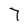
Character: 7